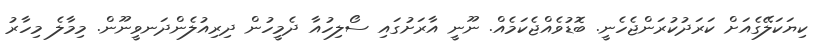
ކިޔަކަލޭގެއަށް ކަރަދުކުރަންޖެހެނީ. ބޮޑުވެއްޖެކަމެއް. ނޫނީ އާރަށުގައި ސޯލިހުއާ ދެމީހުން ދިރިއުލެންދަނވީނޫން. މިމާލެ މިހާރު